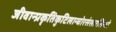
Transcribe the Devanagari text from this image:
जीवान्प्रकृतिकुटिलान्घोरसंसारसिन्धो